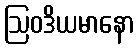
ဩဝဒိယမာနော